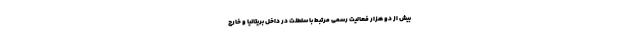
بیش از دو هزار فعالیت رسمی مرتبط با سلطنت در داخل بریتانیا و خارج